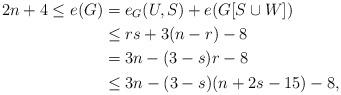
LaTeX: \begin{align*}2n+4\le e(G)&=e_G(U, S)+ e(G[S\cup W])\\&\le rs +3(n-r)-8\\&=3n-(3-s)r-8\\&\le 3n-(3-s)(n+2s-15)-8,\end{align*}